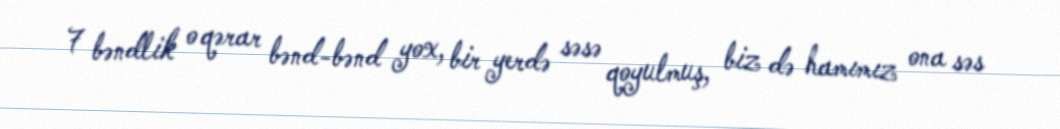
7 bəndlik o qərar bənd-bənd yox, bir yerdə səsə qoyulmuş, biz də hamımız ona səs